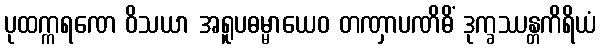
ပုထက္ကရဏေ ဝိသယာ အရူပဓမ္မာယေဝ တဏှာပဏိဓိံ ဒုက္ခဿန္တကိရိယံ